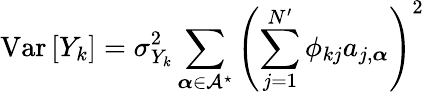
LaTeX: \operatorname{Var}\left[Y_{k}\right]=\sigma_{Y_{k}}^{2}\sum_{\boldsymbol{\alpha}\in\mathcal{A}^{\star}}\left(\sum_{j=1}^{N^{\prime}}\phi_{kj}a_{j,\boldsymbol{\alpha}}\right)^{2}